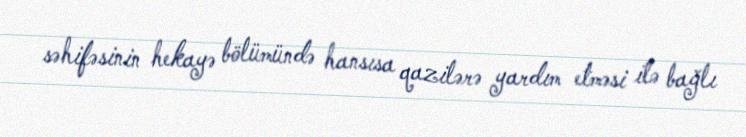
səhifəsinin hekayə bölümündə hansısa qazilərə yardım etməsi ilə bağlı